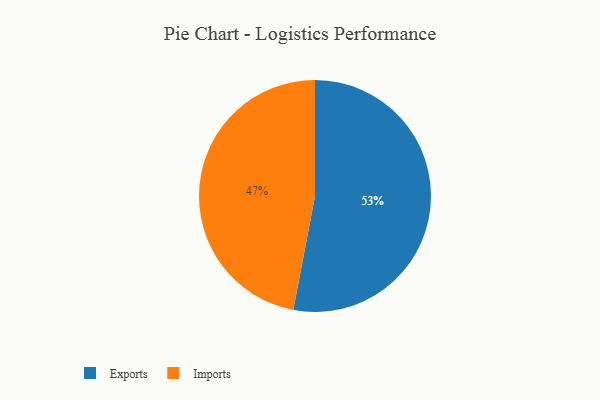
{"axis": {"x": "Category", "y": "Percentage"}, "legend": ["Exports", "Imports"], "data": [{"x": "Imports", "y": 47, "type": "Imports"}, {"x": "Exports", "y": 53, "type": "Exports"}]}